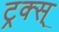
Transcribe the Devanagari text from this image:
ट्रक्स्